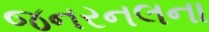
જનરનલના